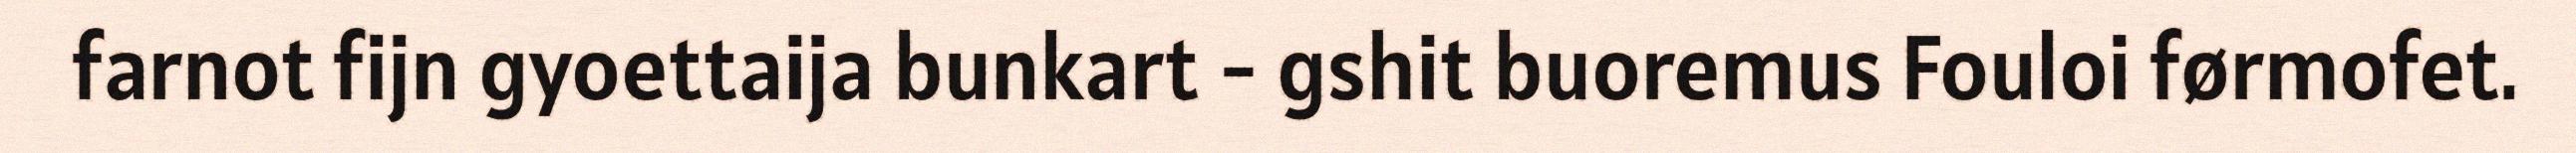
farnot fijn gyoettaija bunkart - gshit buoremus Fouloi førmofet.